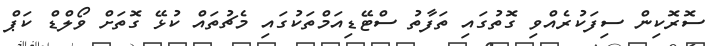
ސޮރޮކިން ސިފަކުރެއްވި ގޮތުގައި ތަފާތު ސްޓޭޑިއަމްތަކުގައި މެޗުތައް ކުޅޭ ގޮތަށް ވޯލްޑް ކަޕް